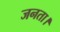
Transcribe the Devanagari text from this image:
जनता।